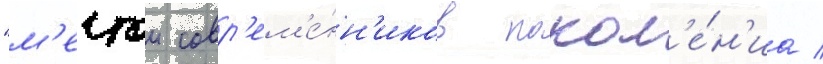
"м'ечтои совр'ем'е́нн'иков покол'е́н'иа /